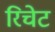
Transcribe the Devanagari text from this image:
रिचेट